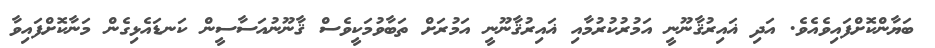
ބަޔާންކޮށްފައިވެއެވެ. އަދި ޣައިރުޤާނޫނީ އަމުރުކުރުމާއި ޣައިރުޤާނޫނީ އަމުރަށް ތަބާވުމަކީވެސް ޤާނޫނުއަސާސީން ކަނޑައެޅިގެން މަނާކޮށްފައިވާ